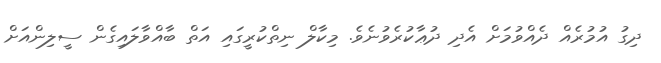
ދިގު އުމުރެއް ދެއްވުމަށް އެދި ދުޢާކުރެވުނެވެ. މިކާލް ނިތްކުރީގައި އަތް ބާއްވާލައިގެން ސީލިންއަށް